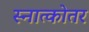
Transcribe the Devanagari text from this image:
स्नात्कोतर